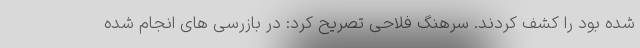
شده بود را کشف کردند. سرهنگ فلاحی تصریح کرد: در بازرسی های انجام شده